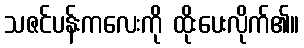
သဇင်ပန်းကလေးကို ထိုးပေးလိုက်၏။